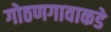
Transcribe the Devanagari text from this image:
गोठणगावाकडे